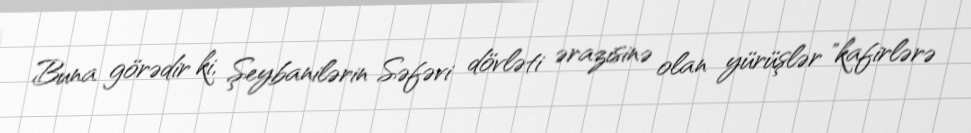
Buna görədir ki, Şeybanilərin Səfəvi dövləti ərazisinə olan yürüşlər "kafirlərə